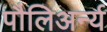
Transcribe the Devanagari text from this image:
पौलिअर्न्य